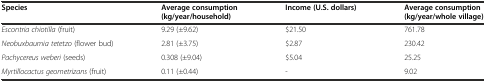
<table><thead><tr><td><b>Species</b></td><td><b>Average consumption (kg/year/household)</b></td><td><b>Income (U.S. dollars)</b></td><td><b>Average consumption (kg/year/whole village)</b></td></tr></thead><tbody><tr><td><i>Escontria chiotilla</i> (fruit)</td><td>9.29 (±9.62)</td><td>$21.50</td><td>761.78</td></tr><tr><td><i>Neobuxbaumia tetetzo</i> (flower bud)</td><td>2.81 (±3.75)</td><td>$2.87</td><td>230.42</td></tr><tr><td><i>Pachycereus weberi</i> (seeds)</td><td>0.308 (±9.04)</td><td>$5.04</td><td>25.25</td></tr><tr><td><i>Myrtillocactus geometrizans</i> (fruit)</td><td>0.11 (±0.44)</td><td>-</td><td>9.02</td></tr></tbody></table>